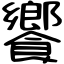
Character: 饗